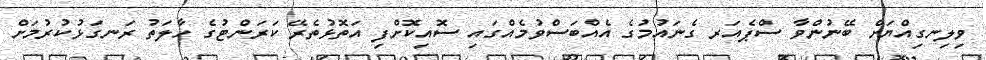
ވިލިނގިއްޔަށް ބޭނުންވާ ސްޕެއަރ ގެނައުމުގެ އެއްބަސްވުމެއްގައި ސޮއިކޮށްފި އަތޮޅުތެރޭ ކަރަންޓުގެ ހާލަތު ރަނގަޅުކުރުމަށް